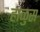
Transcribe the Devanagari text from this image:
हाळुस